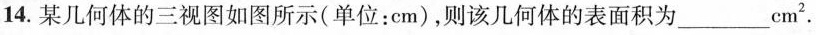
14. 某几何体的三视图如图所示(单位：cm)，则该几何体的表面积为___cm^{2}.